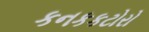
કનકકટોરો